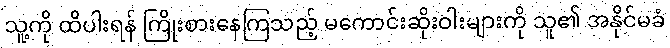
သူ့ကို ထိပါးရန် ကြိုးစားနေကြသည့် မကောင်းဆိုးဝါးများကို သူ၏ အနိုင်မခံ